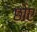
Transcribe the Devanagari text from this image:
छोए